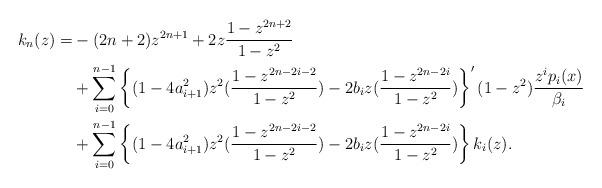
LaTeX: \begin{align*}k_n(z)=&-(2n+2)z^{2n+1}+2z\frac{1-z^{2n+2}}{1-z^2}\\&+\sum_{i=0}^{n-1}\left\{(1-4a_{i+1}^2)z^2(\frac{1-z^{2n-2i-2}}{1-z^2})-2b_i z(\frac{1-z^{2n-2i}}{1-z^2})\right\}'(1-z^2)\frac{z^i p_i(x)}{\beta_i}\\&+\sum_{i=0}^{n-1}\left\{(1-4a_{i+1}^2)z^2(\frac{1-z^{2n-2i-2}}{1-z^2})-2b_i z(\frac{1-z^{2n-2i}}{1-z^2})\right\}k_i(z).\end{align*}